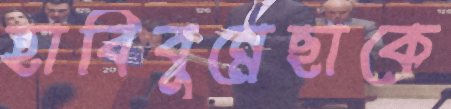
হাবিবুন্নেছাকে